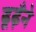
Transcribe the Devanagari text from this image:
ढूढ़ँने